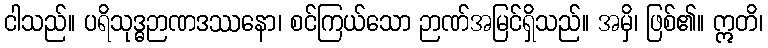
ငါသည်။ ပရိသုဒ္ဓဉာဏဒဿနော၊ စင်ကြယ်သော ဉာဏ်အမြင်ရှိသည်။ အမှိ၊ ဖြစ်၏။ ဣတိ၊